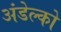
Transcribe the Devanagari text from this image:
अंडेल्को